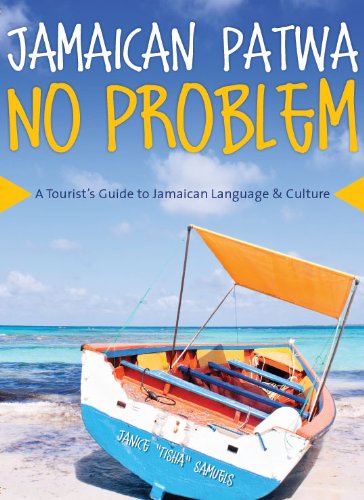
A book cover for Jamaican Patwa No Problem: A Tourist's Guide to Jamaican Language and Culture; Janice Tisha Samuels; Travel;